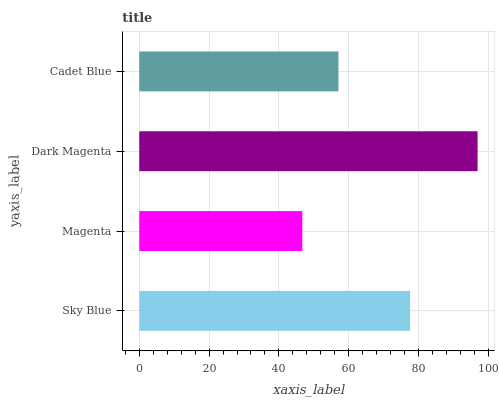
| yaxis_label | bars |
 | --- | --- |
 | Sky Blue | 77.6 |
 | Magenta | 46.7 |
 | Dark Magenta | 96.9 |
 | Cadet Blue | 57.1 |